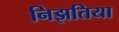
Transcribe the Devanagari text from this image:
निझतिया